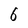
Character: 6